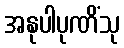
အနုပါပုဏိံသု